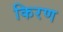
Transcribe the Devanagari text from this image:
किरण